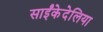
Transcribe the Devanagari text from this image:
साईंकेदेलिया